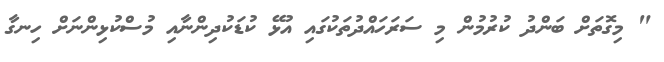
" މިގޮތަށް ބަންދު ކުރުމުން މި ސަރަހައްދުތަކުގައި އުޅޭ ކުޑަކުދިންނާއި މުސްކުޅިންނަށް ހިނގާ